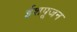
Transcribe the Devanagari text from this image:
ईशपूजन